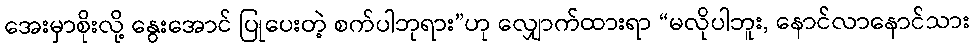
အေးမှာစိုးလို့ နွေးအောင် ပြုပေးတဲ့ စက်ပါဘုရား”ဟု လျှောက်ထားရာ “မလိုပါဘူး, နောင်လာနောင်သား